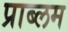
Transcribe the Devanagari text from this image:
प्राब्लम